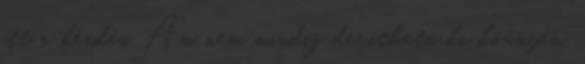
itt a kérdés. Ám nem mindig deríthető ki könnyen.